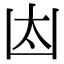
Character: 𠚀